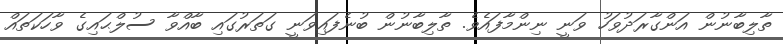
ތާލިބާނުން އަންގާރަދުވަހު ވަނީ ނިންމާފައެވެ. ތާލިބާނުން ބުނެފައިވަނީ ގަތަރުގައި ބާއްވާ ސުލްޙައިގެ ވާހަކަތައް